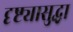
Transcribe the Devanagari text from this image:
दृष्ट्यासुद्धा